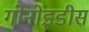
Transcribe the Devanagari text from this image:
गोनोइडीस